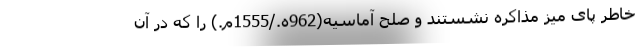
خاطر پای میز مذاکره نشستند و صلح آماسیه(962ه./1555م.) را که در آن